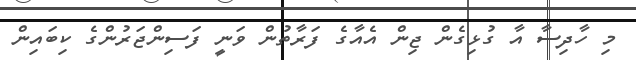
މި ހާދިސާ އާ ގުޅިގެން ޖިން އެއާގެ ފަރާތުން ވަނީ ފަސިންޖަރުންގެ ކިބައިން